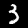
Digit: 3